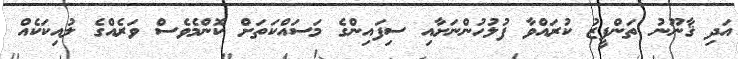
އަދި ޤާނޫނު ތަންފީޒު ކުރައްވާ ފުލުހުންނަށާއި ސިފައިންގެ މަސައްކަތަށް ކޮންމެވެސް ވަރެއްގެ ލުއިކަކެއް